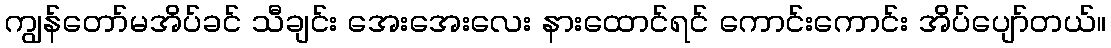
ကျွန်တော်မအိပ်ခင် သီချင်း အေးအေးလေး နားထောင်ရင် ကောင်းကောင်း အိပ်ပျော်တယ်။